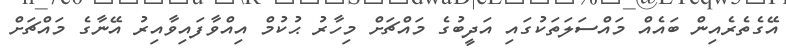
އޭގެތެރެއިން ބައެއް މައްސަލަތަކުގައި އަދީބުގެ މައްޗަށް މިހާރު ޙުކުމް އިއްވާފައިވާއިރު އޭނާގެ މައްޗަށް